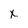
Character: X